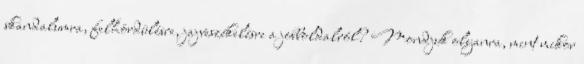
skandalumra, felhördülésre, jajveszékelésre a jobboldalról? Mondjuk olyanra, mint mikor